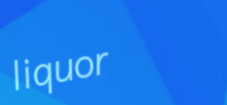
liquor